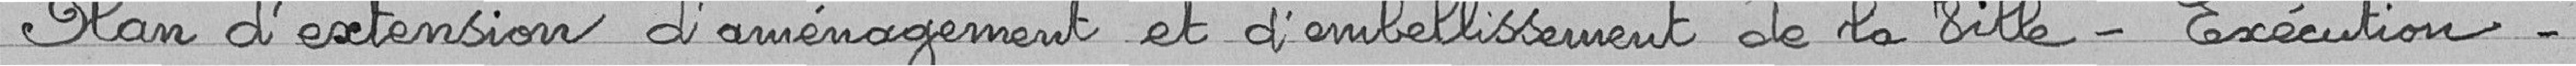
Plan d'extension d'aménagement et d'embellissement de la Ville - Exécution.